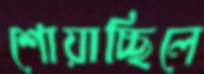
শোয়াচ্ছিলে